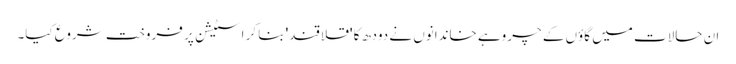
ان حالات میں گاؤں کے چروہے خاندانوں نے دودھ کا 'قلاقند' بنا کر اسٹیشن پر فروخت شروع کیا۔